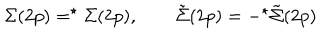
LaTeX: \Sigma ( 2 p ) = ^ { \star } \Sigma ( 2 p ) , \qquad \tilde { \Sigma } ( 2 p ) = - ^ { \star } \tilde { \Sigma } ( 2 p )